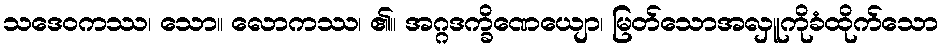
သဒေဝကဿ၊ သော။ လောကဿ၊ ၏။ အဂ္ဂဒက္ခိဏေယျော၊ မြတ်သောအလှူကိုခံထိုက်သော